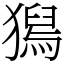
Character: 𤡯